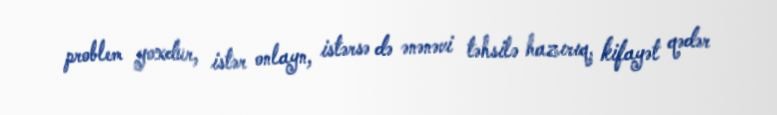
problem yoxdur, istər onlayn, istərsə də ənənəvi təhsilə hazırıq, kifayət qədər